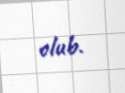
olub.